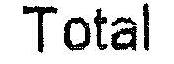
TOTAL